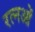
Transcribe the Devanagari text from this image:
रत्नओं